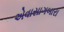
એવાસાગબારા